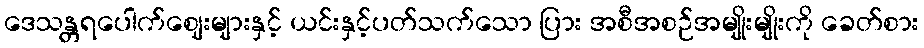
ဒေသန္တရပေါက်ဈေးများနှင့် ယင်းနှင့်ပတ်သက်သော ပြား အစီအစဉ်အမျိုးမျိုးကို ခေတ်စား